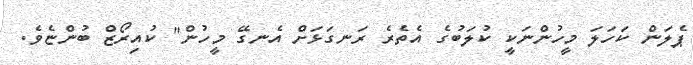
ޕެލަން ކަހަލަ މީހުންނަކީ ކުލަބުގެ އެތެރެ ރަނގަޅަށް އެނގޭ މީހުން" ކުއިރޯޒް ބުންޏެވެ.